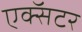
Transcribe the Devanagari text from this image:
एक्सॅटर